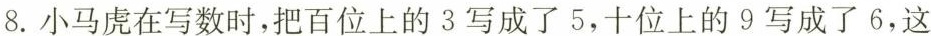
8.小马虎在写数时，把百位上的3写成了5，十位上的9写成了6，这